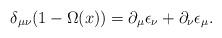
LaTeX: \begin{align*}\delta_{\mu\nu}(1-\Omega(x)) = \partial_{\mu}\epsilon_{\nu} +\partial_{\nu}\epsilon_{\mu}.\end{align*}